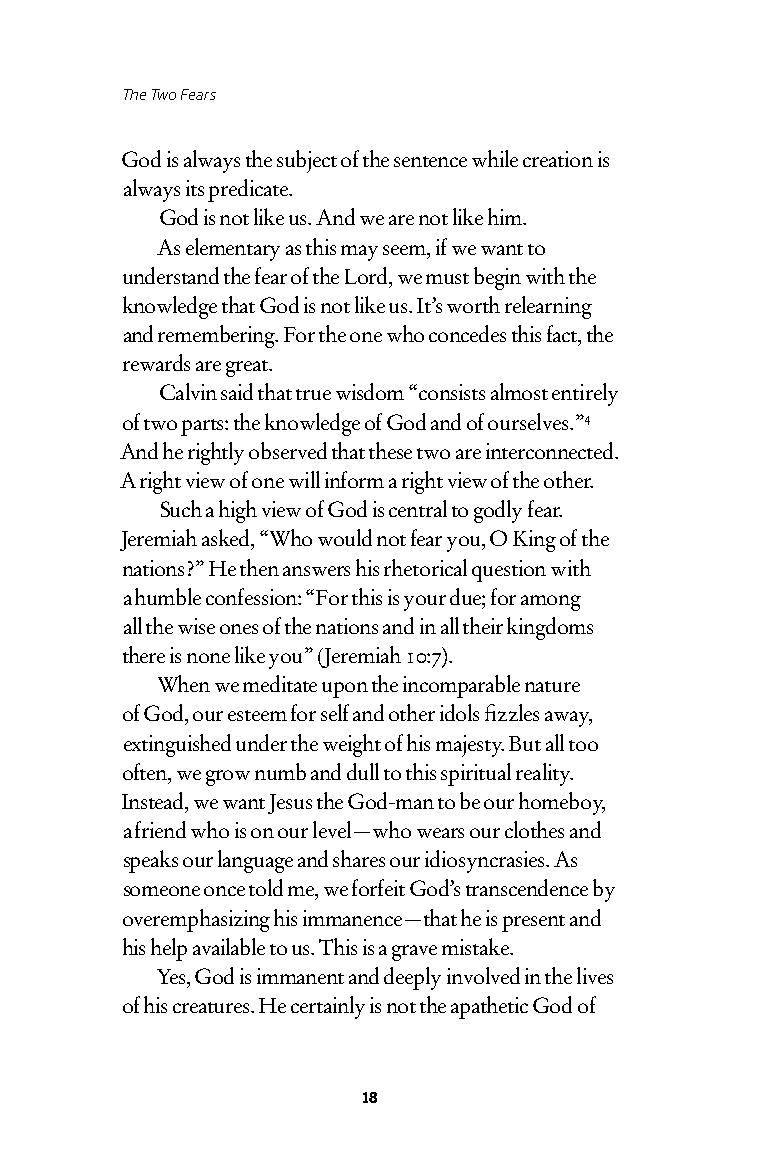
The Two Fears
 God is always the subject of the sentence while creation is
 always its predicate.
 God is not like us. And we are not like him.
 As elementary as this may seem, if we want to
 understand the fear of the Lord, we must begin with the
 knowledge that God is not like us. It’s worth relearning
 and remembering. For the one who concedes this fact, the
 rewards are great.
 Calvin said that true wisdom “consists almost entirely
 of two parts: the knowledge of God and of ourselves.”4
 And he rightly observed that these two are interconnected.
 A right view of one will inform a right view of the other.
 Such a high view of God is central to godly fear.
 Jeremiah asked, “Who would not fear you, O King of the
 nations?” He then answers his rhetorical question with
 a humble confession: “For this is your due; for among
 all the wise ones of the nations and in all their kingdoms
 there is none like you” (Jeremiah 10:7).
 When we meditate upon the incomparable nature
 of God, our esteem for self and other idols fizzles away,
 extinguished under the weight of his majesty. But all too
 often, we grow numb and dull to this spiritual reality.
 Instead, we want Jesus the God-man to be our homeboy,
 a friend who is on our level—who wears our clothes and
 speaks our language and shares our idiosyncrasies. As
 someone once told me, we forfeit God’s transcendence by
 overemphasizing his immanence—that he is present and
 his help available to us. This is a grave mistake.
 Yes, God is immanent and deeply involved in the lives
 of his creatures. He certainly is not the apathetic God of
 18